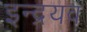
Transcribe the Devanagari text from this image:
इन्द्रयव